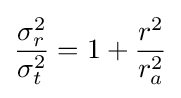
{\sigma _{r}^{2} \over \sigma _{t}^{2}}=1+{r^{2} \over r_{a}^{2}}